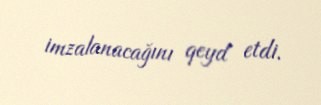
imzalanacağını qeyd etdi.